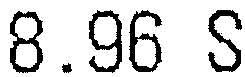
8.96 S